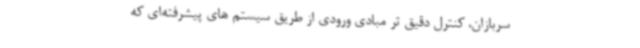
سربازان، کنترل دقیق تر مبادی ورودی از طریق سیستم های پیشرفته‌ای که